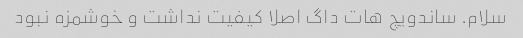
سلام. ساندویچ هات داگ اصلا کیفیت نداشت و خوشمزه نبود